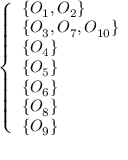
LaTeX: \left\{ \begin{array} { l l } { \{ O _ { 1 } , O _ { 2 } \} } \\ { \{ O _ { 3 } , O _ { 7 } , O _ { 1 0 } \} } \\ { \{ O _ { 4 } \} } \\ { \{ O _ { 5 } \} } \\ { \{ O _ { 6 } \} } \\ { \{ O _ { 8 } \} } \\ { \{ O _ { 9 } \} } \end{array} \right.